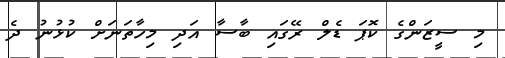
މި ސީޒަންގެ ކޮޕަ ޑެލް ރޭގައި ބާސާ އަދި މިހާތަނަށް ކުޅުނު ދެ